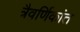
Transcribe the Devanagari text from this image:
त्रैवर्णिकांत